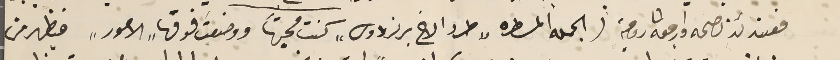
فعندئذ نصحه وارجعه الى رومية (الجمله المسطره "طرد الاخ برنردوس" كنت محيتها ووضعت فوقها "الامور" فيظهر من